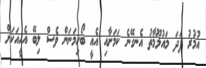
އުމުރު ފަދަ މައުލޫމާތު އެނގޭނެ ކަމަށާއި އެއީ ބޯހިމަނަން ވެސް ލިބޭ އެހީއަކަށް